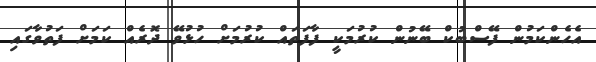
އެހެންކަމުން ފޭސްބުކް ބޭނުން ކުރުމަކީ ފާފަތައް ކުރުމަށް ހުޅުވޭ ދޮރެއް ކަމަށް ފަތުވާގައި